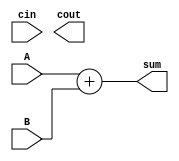
module carry_select_adder (
    input [15:0] A,
    input [15:0] B,
    input cin,
    output reg [15:0] sum,
    output reg cout
);

reg [15:0] sum_fc, sum_rc;
reg cout_fc, cout_rc;

initial begin
    sum_fc = A + B; // Fast carry chain
    sum_rc = A + B; // Ripple-carry chain
    cout_fc = sum_fc[16]; // Extract carry-out from fast carry chain
    cout_rc = sum_rc[16]; // Extract carry-out from ripple-carry chain
end

always @ (*) begin
    if (cin) begin
        sum = sum_rc;
        cout = cout_rc;
    end else begin
        sum = sum_fc;
        cout = cout_fc;
    end
end

endmodule